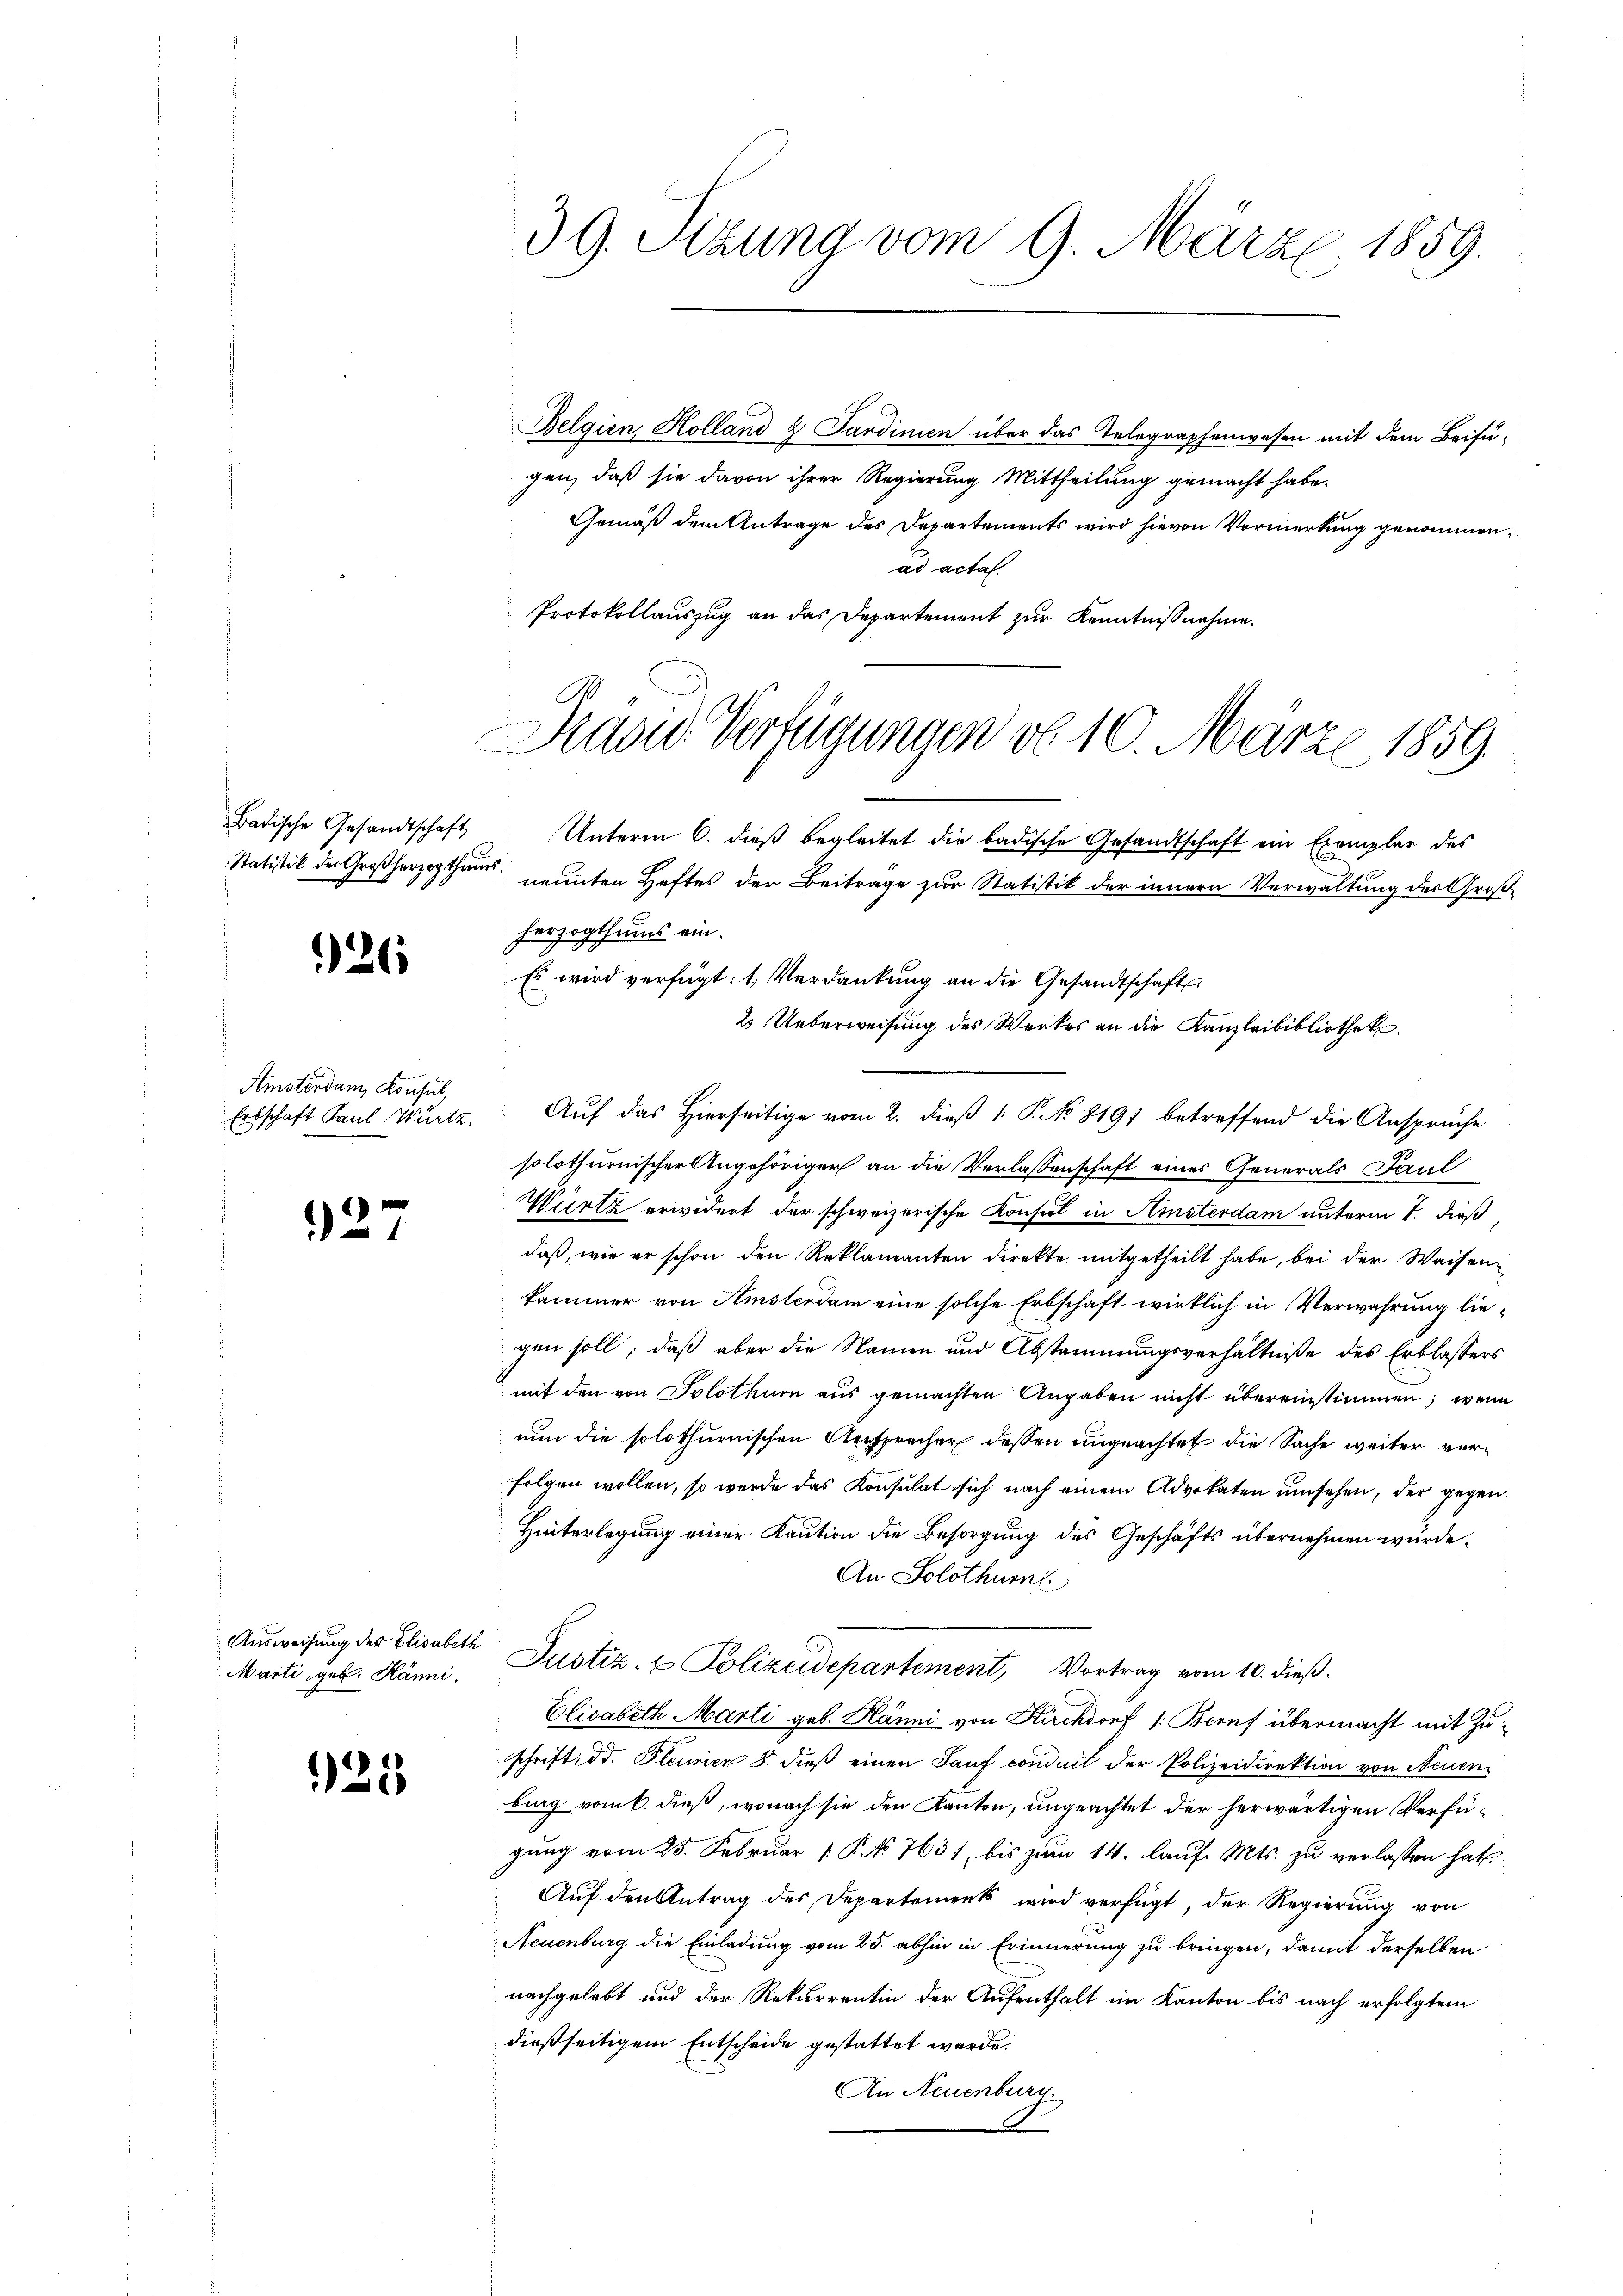
Badische Gesandtschaft

126

Amsterdam Konsul,
Erbschaft Paul Würtz.

127

Ausweisung der Elisabeth
Marti, geb. Hänni,

25

39. Sitzung vom 9. März 1859.

Belgien, Holland 2 Sardinien über das Telegraphenwesen mit dem Beifügen, daß sie davon ihrer Regierung Mittheilung gemacht habe.
Gemäß dem Antrage des Departements wird hievon Vormerkung genommen,
ad acta.
Protokollauszug an das Departement zur Kenntnißnahme.

Dazu Verfügungen d. 10. März 1859.

Unterm 6. dieß begleitet die badische Gesandtschaft ein Exemplar des

Auf das Hierseitige vom 2. dieß 1 P. No 8191 betreffend die Ansprüche

Statistik der Großherzogthums nennten Heftes der Beitrage zur Statistik der innern Verwaltung der Großherzogthums ein.
Es wird verfügt: 1. Verdankung an die Gesandtschaft
2 Ueberweisung des Werkes an die Kanzleibibliothek.
solothurnischer Angehöriger an die Verlassenschaft eines Generals Paul
Würtz erwidert der schweizerische Konsul in Amsterdam unterm 7. dieß
daß, wie er schon den Reklamanten direkte mitgetheilt habe, bei der Waisenkammer von Amsterdam eine solche Erbschaft wirklich in Verwahrung liegen soll; daß aber die Namen und Abstammungsverhältniße des Erblassers
mit den von Solothurn aus gemachten Angaben nicht übereinstimmen; wenn
nun die solothurnischen Ansprücher dessen ungeachtet die Sache weiter verfolgen wollen, so werde das Konsulat sich nach einem Advokaten umsehen, der gegen
Hinterlegung einer Kaution die Besorgung des Geschäfts übernehmen wurde.
An Solothurn
Justiz- & Polizeidepartement, Vortrag vom 10. dieß.
Elisabeth Marti geb. Hänni von Kirchdorf /: Beruf übermacht mit Zuschrift d. Pleunien 8. dieß einen Sauf conduit der Polizeidirektion von Neuen
burg vom 6. dieß, wonach sie den Kanton, ungeachtet der herwärtigen Verfügung vom 25. Februar [ P. No. 763, bis zum 14. lauf. Mts. zu verlassen hat.
Auf den Antrag des Departements wird verfügt, der Regierung von
Neuenburg die Einladung vom 25. abhin in Erinnerung zu bringen, damit derselben
nachgelebt und der Rekurrentin der Aufenthalt im Kanton bis nach erfolgtem
dießseitigem Entscheide gestattet werde.
An Neuenburg.